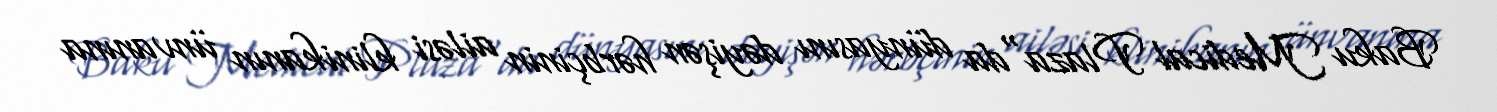
Baku Medical Plaza"da dünyasını dəyişən hərbçinin ailəsi klinikanın ünvanına